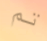
تم